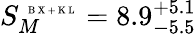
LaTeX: S_{M}^{\mathrm{~\tiny~B~X~+~K~L~}}=8.9_{-5.5}^{+5.1}